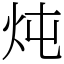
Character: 炖